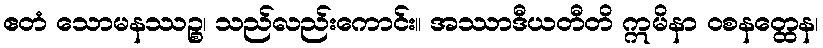
ဧတံ သောမနဿဉ္စ၊ သည်လည်းကောင်း။ အဿာဒီယတီတိ ဣမိနာ ဝစနတ္ထေန၊